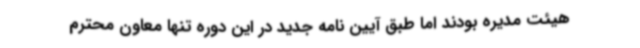
هیئت مدیره بودند اما طبق آیین نامه جدید در این دوره تنها معاون محترم